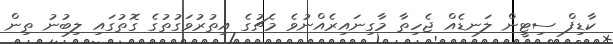
ކާޑިފް ސިޓީން ލަނޑެއް ޖެހިތާ މާގިނައިރެއްނުވެ މެޗުގެ އިތުރުވަގުތުގެ ގޮތުގައި ލިބުނު ތިން